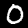
Label: 0